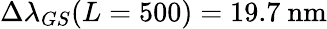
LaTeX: \Delta\lambda_{GS}(L=500)=19.7~\mathrm{nm}